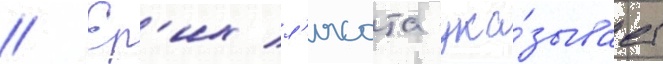
// Ер'их л'ясота ука́зывает